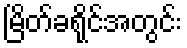
မြိတ်ခရိုင်အတွင်း